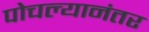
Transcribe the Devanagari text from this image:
पोचल्यानंतर